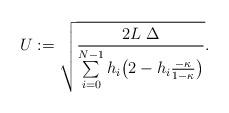
LaTeX: \begin{align*} U := \sqrt{ \frac{2L\ \Delta}{ \sum\limits_{i=0}^{N-1} h_i \big( 2 - h_i \frac{-\kappa}{ 1-\kappa} \big) } }.\end{align*}